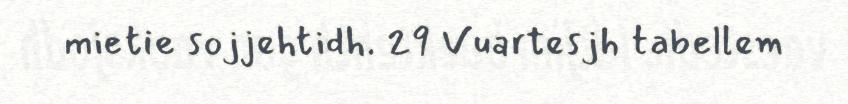
mietie sojjehtidh. 29 Vuartesjh tabellem